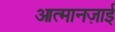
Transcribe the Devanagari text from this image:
आत्मानज़ाई